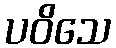
ပဝိသေ